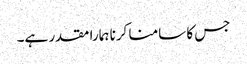
جس کا سامنا کرنا ہمارا مقدر ہے۔